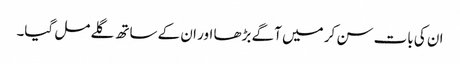
ان کی بات سن کر میں آگے بڑھا اور ان کے ساتھ گلے مل گیا۔